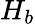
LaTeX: H_{b}